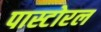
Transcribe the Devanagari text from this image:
पास्टोरल